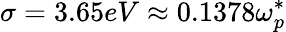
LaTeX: \sigma=3.65eV\approx 0.1378\omega_{p}^{*}